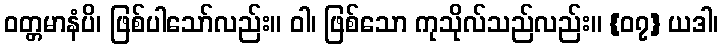
ဝတ္တမာနံပိ၊ ဖြစ်ပါသော်လည်း။ ဝါ၊ ဖြစ်သော ကုသိုလ်သည်လည်း။ {၀၇} ယဒါ၊